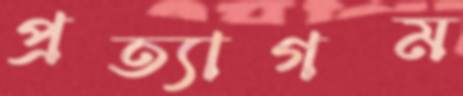
প্রত্যাগম